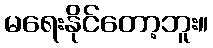
မရေးနိုင်တော့ဘူး။